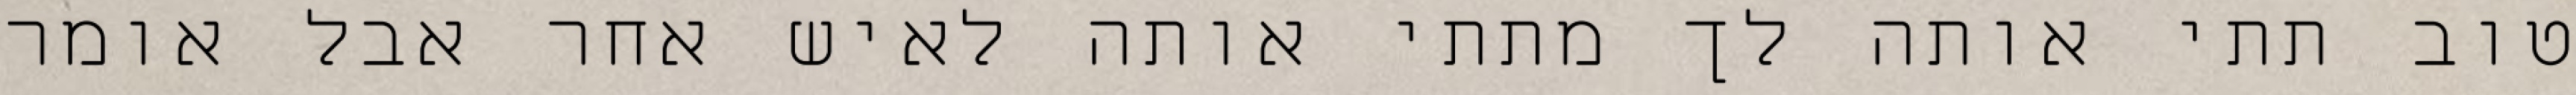
טוב תתי אותה לך מתתי אותה לאיש אחר אבל אומר